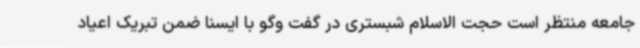
جامعه منتظر است حجت الاسلام شبستری در گفت وگو با ایسنا ضمن تبریک اعیاد